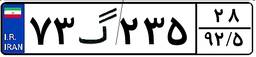
۴۱گ۴۹۶۶۹